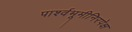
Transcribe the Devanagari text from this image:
पार्श्वभूमीनिरपेक्ष